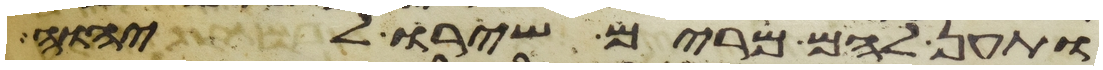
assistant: ותען להם מרים שירו ליהוה